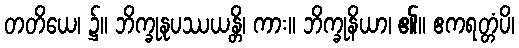
တတိယေ၊ ၌။ ဘိက္ခုနုပဿယန္တိ၊ ကား။ ဘိက္ခုနိယာ၊ ၏။ ဧကရတ္တံပိ၊